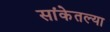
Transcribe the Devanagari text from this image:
सांकेतल्या